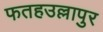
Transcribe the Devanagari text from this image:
फतहउल्लापुर